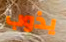
يذوب